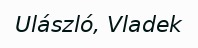
Ulászló, Vladek